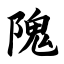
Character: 隗